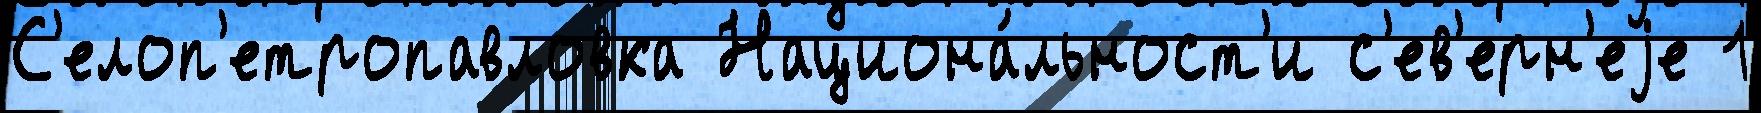
С'елоп'етропавловка Национа́льност'и с'ев'ерн'еjе 1